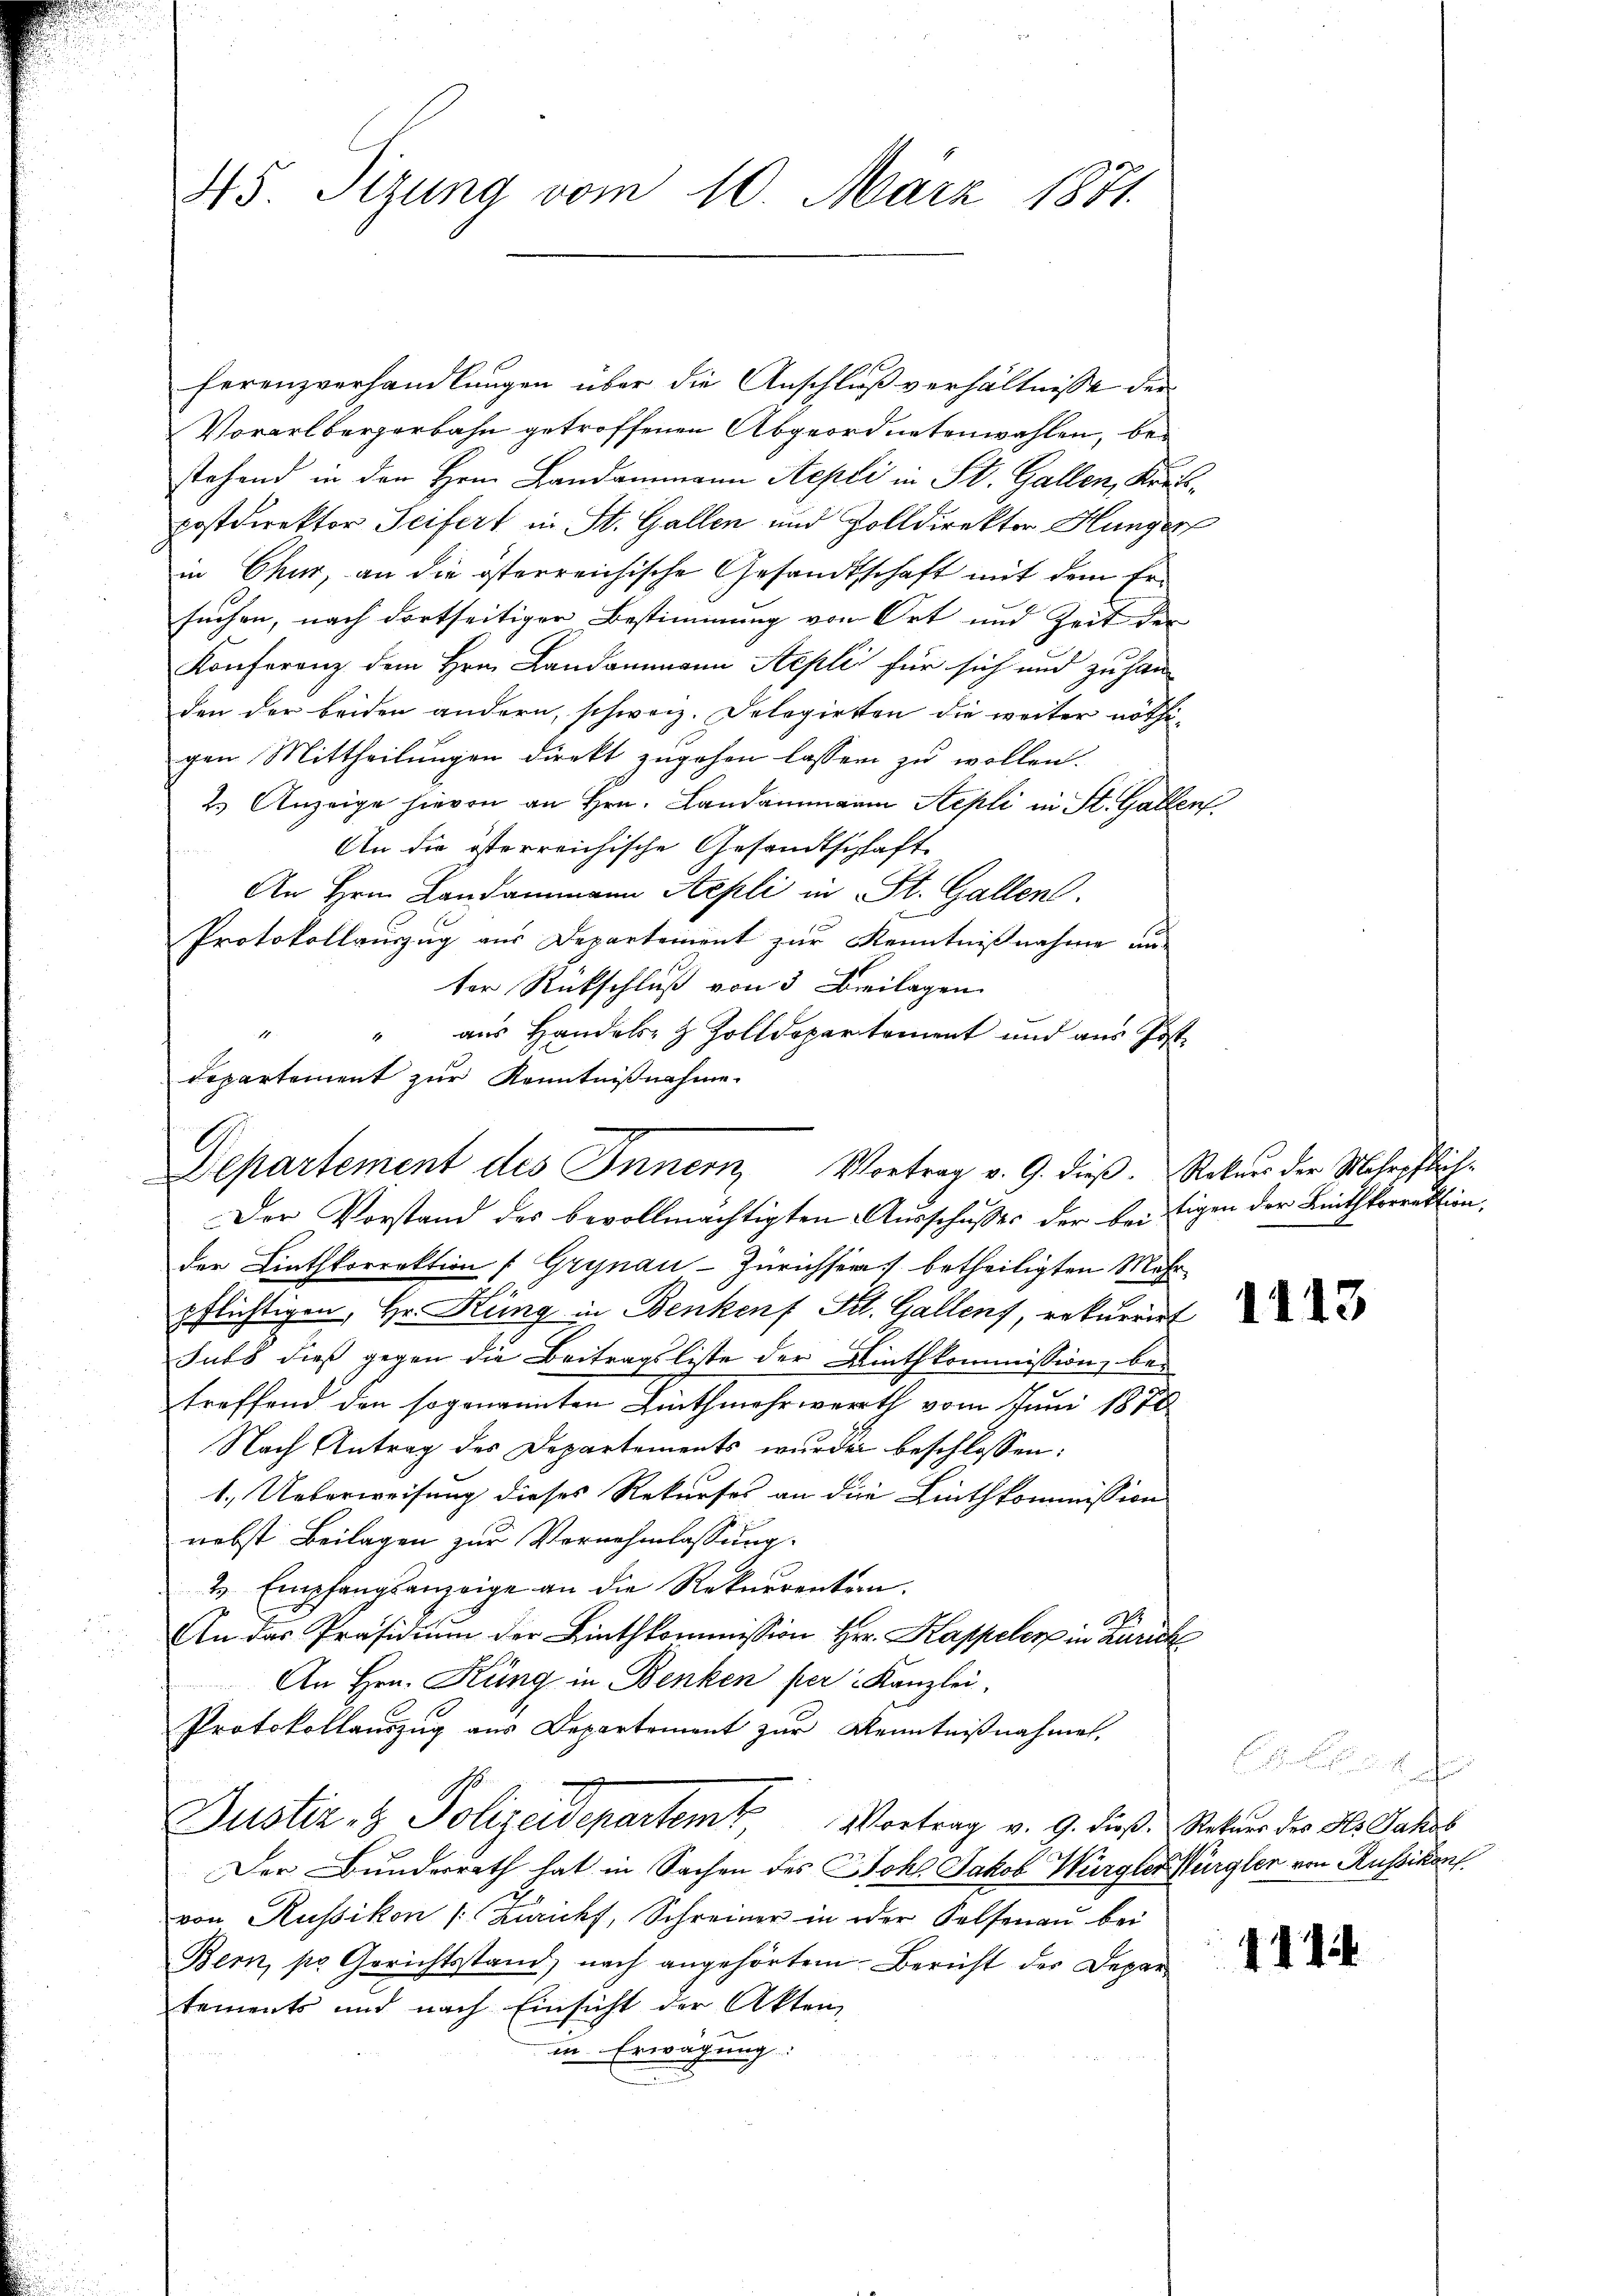
45. Sizung vom 10. März 1871.

ferenzverhandlungen über die Anschluß verhältnisse der
Vorarlbergerbahn getroffenen Abgeordnetenwahlen, bestehend in den Hern Landammann Septi in St. Gallen, Kartpostdirektor Seifert in St. Gallen und Zolldirektor Hungen
in Chur, an die österreichische Gesandtschaft mit dem Ersuchen, nach dortseitiger Bestimmung von Ort und Zeit der
Konferenz dem Hrn. Landammann Stepli für sich und zu han
den der beiden andern, schweiz. Delegirten die weiter nöthigen Mittheilungen direkt zugehen lassen zu wollen.
2.) Anzeige hievon an Hrn. Landammann Stepli in St. Gallen
An die österreichische Gesandtschaft
An Hrn. Landammann Aepli in St. Gallen.
Protokollauszug aus Departement zur Kenntnißnahme un
ter Rückschluß von 3 Beilagen
" aus Handels- & Zolldepartement und aus Post
departement zur Kenntnißnahme

Departement des Innern, Vortrag v. 9. dieß. Rekurs der Mehrpflich¬
Der Vorstand des bevollmächtigten Ausschusses der bei Eigen der Linthkorrektion,

der Linthkorrektion (Grynau-Zürichsen betheiligten Mehrpflichtigen, Hr. Küng in Benkenf St. Gallens, rekurrirt
Jubs dieß gegen die Beitragsliste der Linthkommission, betreffend den sogenannten Linthmehrwerth vom Juni 1870
Nach Antrag des Departements wurde beschlossen:
1.) Ueberweisung dieses Rekurses an die Linthkommission
nebst Beilagen zur Vornehmlassung.
& Empfangsanzeige an die Rekurrenten.
An das Präsidium der Linthkommission Hr. Kappeler in Zürich
An Hrn. Küng in Benken per Kanzlei,
Protokollauszug aus Departement zur Kenntnißnahmen,
Justiz- & Polizeidepartem Vortrag v. 9. dieß. Natur des H. Galles
Der Bundesrath hat in Sachen des Joh. Jakob Würgler Würgler von Russikon
von Russikon [Zürich, Schreiner in oder Felsenau bei
Bern, pr Gerichtsstand, nach angehörtem Bericht der Departements und nach Einsicht der Akten,
in Erwägung:

1113

e . .

441